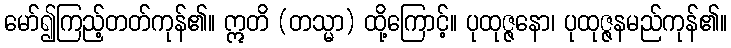
မော်၍ကြည့်တတ်ကုန်၏။ ဣတိ (တသ္မာ) ထို့ကြောင့်။ ပုထုဇ္ဇနော၊ ပုထုဇ္ဇနမည်ကုန်၏။